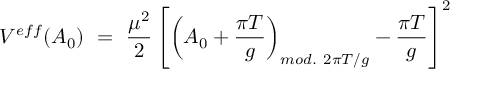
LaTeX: V ^ { e f f } ( A _ { 0 } ) \ = \ \frac { \mu ^ { 2 } } { 2 } \left[ \left( A _ { 0 } + \frac { \pi T } { g } \right) _ { m o d . { } ~ 2 \pi T / g } - \frac { \pi T } { g } \right] ^ { 2 }